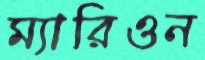
ম্যারিওন